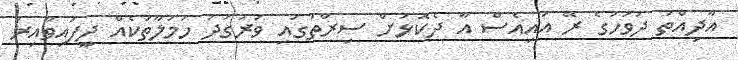
އާދިއްތަ ދުވަހުގެ ރޭ އައިއެސް އާ ދެކޮޅަށް ސިރްތުގައި ވަރުގަދަ ހަމަލާތަކެއް ދީފައިވާއިރު